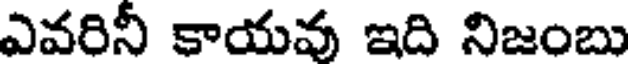
ఎవరినీ కాయవు ఇది నిజంబు